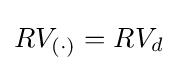
RV_{(\cdot )}=RV_{d}